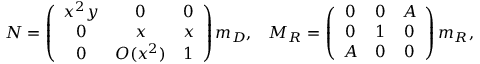
N = \left( \begin{array} { c c c } { { x ^ { 2 } y } } & { { 0 } } & { { 0 } } \\ { { 0 } } & { { x } } & { { x } } \\ { { 0 } } & { { O ( x ^ { 2 } ) } } & { { 1 } } \end{array} \right) m _ { D } , \; \; \; M _ { R } = \left( \begin{array} { c c c } { { 0 } } & { { 0 } } & { { A } } \\ { { 0 } } & { { 1 } } & { { 0 } } \\ { { A } } & { { 0 } } & { { 0 } } \end{array} \right) m _ { R } ,